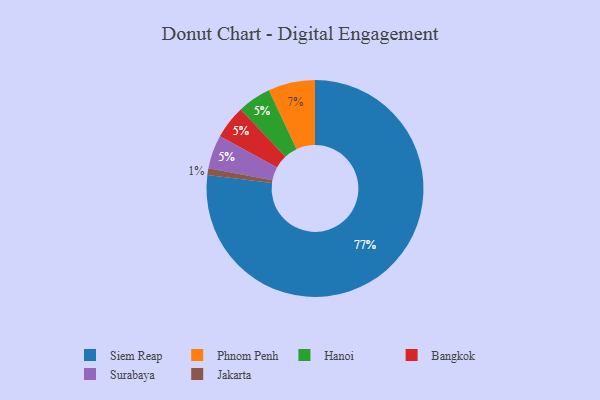
{"axis": {"x": "Category", "y": "Percentage"}, "legend": ["Bangkok", "Hanoi", "Jakarta", "Phnom Penh", "Siem Reap", "Surabaya"], "data": [{"x": "Hanoi", "y": 5, "type": "Hanoi"}, {"x": "Siem Reap", "y": 77, "type": "Siem Reap"}, {"x": "Jakarta", "y": 1, "type": "Jakarta"}, {"x": "Bangkok", "y": 5, "type": "Bangkok"}, {"x": "Phnom Penh", "y": 7, "type": "Phnom Penh"}, {"x": "Surabaya", "y": 5, "type": "Surabaya"}]}